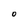
Character: 0